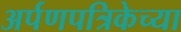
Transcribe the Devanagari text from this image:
अर्पणपत्रिकेच्या